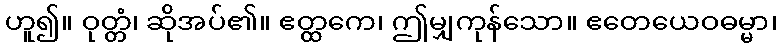
ဟူ၍။ ဝုတ္တံ၊ ဆိုအပ်၏။ ဧတ္ထကေ၊ ဤမျှကုန်သော။ ဧတေယေဝဓမ္မာ၊